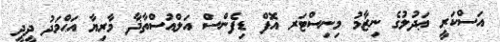
އަސްކަރީ ޢަދުލުގެ ނިޒާމު މިނިސްޓަރ އޮފް ޑިފެންސް އަލްއުސްތާޛާ މާރިޔާ އަޙްމަދު ދީދީ